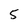
Character: 5